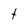
Character: t